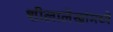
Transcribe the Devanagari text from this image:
शीलालेखांमध्ये